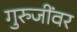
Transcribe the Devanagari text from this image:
गुरुजींवर